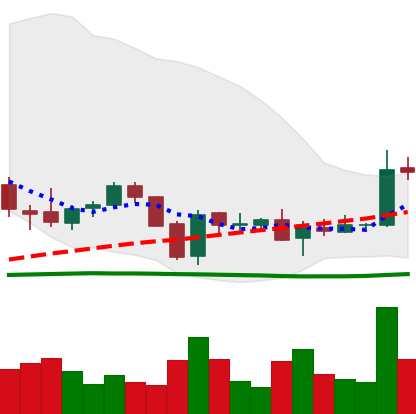
Ticker: EOS-USD
Chart end date: 2018-06-03
Forward return: -3.972%
Label: down_3_5